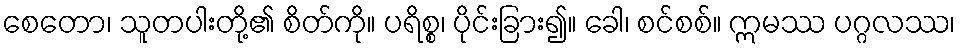
စေတော၊ သူတပါးတို့၏ စိတ်ကို။ ပရိစ္စ၊ ပိုင်းခြား၍။ ခေါ၊ စင်စစ်။ ဣမဿ ပဂ္ဂလဿ၊